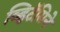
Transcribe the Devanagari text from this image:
व्हिटॅमिने